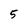
Character: 5